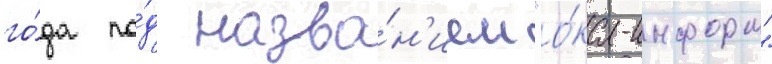
го́да по́д назва́н'ием "о́ка-информ"